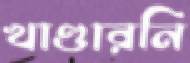
খাণ্ডারনি